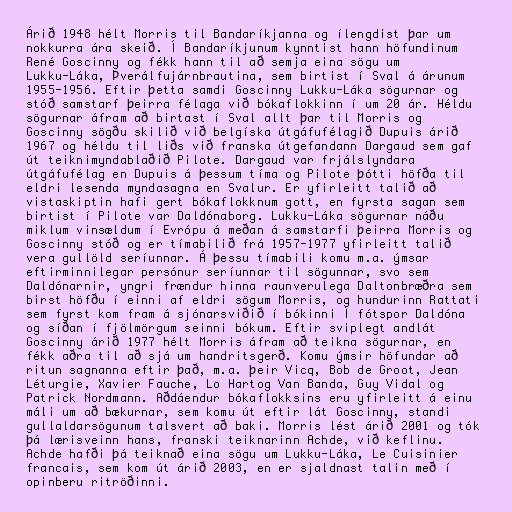
Árið 1948 hélt Morris til Bandaríkjanna og ílengdist þar um
nokkurra ára skeið. Í Bandaríkjunum kynntist hann höfundinum
René Goscinny og fékk hann til að semja eina sögu um
Lukku-Láka, Þverálfujárnbrautina, sem birtist í Sval á árunum
1955-1956. Eftir þetta samdi Goscinny Lukku-Láka sögurnar og
stóð samstarf þeirra félaga við bókaflokkinn í um 20 ár. Héldu
sögurnar áfram að birtast í Sval allt þar til Morris og
Goscinny sögðu skilið við belgíska útgáfufélagið Dupuis árið
1967 og héldu til liðs við franska útgefandann Dargaud sem gaf
út teiknimyndablaðið Pilote. Dargaud var frjálslyndara
útgáfufélag en Dupuis á þessum tíma og Pilote þótti höfða til
eldri lesenda myndasagna en Svalur. Er yfirleitt talið að
vistaskiptin hafi gert bókaflokknum gott, en fyrsta sagan sem
birtist í Pilote var Daldónaborg. Lukku-Láka sögurnar náðu
miklum vinsældum í Evrópu á meðan á samstarfi þeirra Morris og
Goscinny stóð og er tímabilið frá 1957-1977 yfirleitt talið
vera gullöld seríunnar. Á þessu tímabili komu m.a. ýmsar
eftirminnilegar persónur seríunnar til sögunnar, svo sem
Daldónarnir, yngri frændur hinna raunverulega Daltonbræðra sem
birst höfðu í einni af eldri sögum Morris, og hundurinn Rattati
sem fyrst kom fram á sjónarsviðið í bókinni Í fótspor Daldóna
og síðan í fjölmörgum seinni bókum. Eftir sviplegt andlát
Goscinny árið 1977 hélt Morris áfram að teikna sögurnar, en
fékk aðra til að sjá um handritsgerð. Komu ýmsir höfundar að
ritun sagnanna eftir það, m.a. þeir Vicq, Bob de Groot, Jean
Léturgie, Xavier Fauche, Lo Hartog Van Banda, Guy Vidal og
Patrick Nordmann. Aðdáendur bókaflokksins eru yfirleitt á einu
máli um að bækurnar, sem komu út eftir lát Goscinny, standi
gullaldarsögunum talsvert að baki. Morris lést árið 2001 og tók
þá lærisveinn hans, franski teiknarinn Achde, við keflinu.
Achde hafði þá teiknað eina sögu um Lukku-Láka, Le Cuisinier
francais, sem kom út árið 2003, en er sjaldnast talin með í
opinberu ritröðinni.